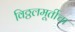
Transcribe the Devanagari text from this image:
विठ्ठलमूर्तीचा